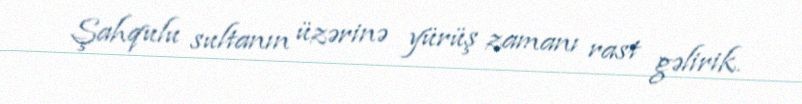
Şahqulu sultanın üzərinə yürüş zamanı rast gəlirik.